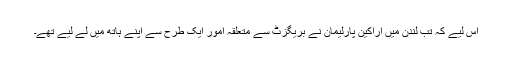
اس لیے کہ تب لندن میں اراکین پارلیمان نے بریگزٹ سے متعلقہ امور ایک طرح سے اپنے ہاتھ میں لے لیے تھے۔